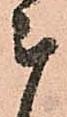
被